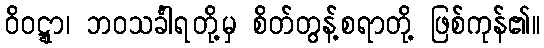
ဝိဝဋ္ဋာ၊ ဘဝသင်္ခါရတို့မှ စိတ်တွန့်စရာတို့ ဖြစ်ကုန်၏။